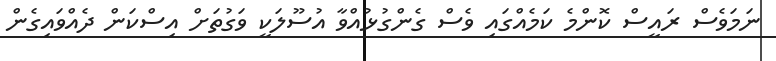
ނަމަވެސް ރައީސް ކޮންމެ ކަމެއްގައި ވެސް ގެންގުޅުއްވާ އުސޫލަކީ ވަގުތަށް އިސްކަން ދެއްވައިގެން